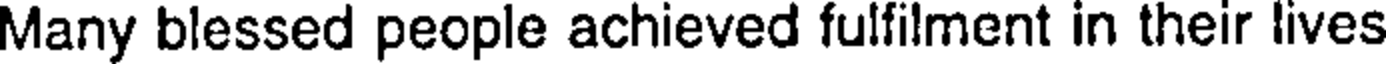
Many blessed people achieved fulfilment in their lives